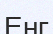
Енг